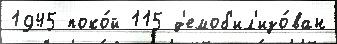
1945 поко́й 115 д'емоб'ил'изо́ван